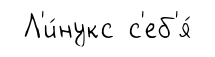
Л'и́нукс с'еб'я́